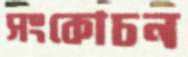
সংকোচন